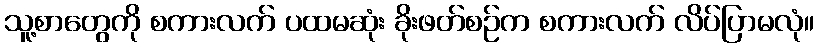
သူ့စာတွေကို စကားလက် ပထမဆုံး ခိုးဖတ်စဉ်က စကားလက် လိပ်ပြာမလုံ။